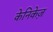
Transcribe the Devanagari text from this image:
केनिकेज़